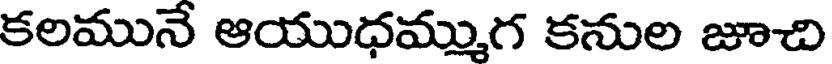
కలమునే ఆయుధమ్ముగ కనుల జూచి